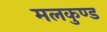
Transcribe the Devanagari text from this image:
मलकुण्ड